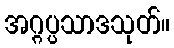
အဂ္ဂပ္ပသာဒသုတ်။